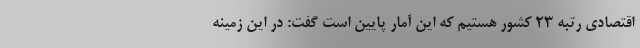
اقتصادی رتبه ۲۳ کشور هستیم که این آمار پایین است گفت: در این زمینه